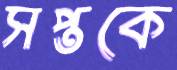
সপ্তকে